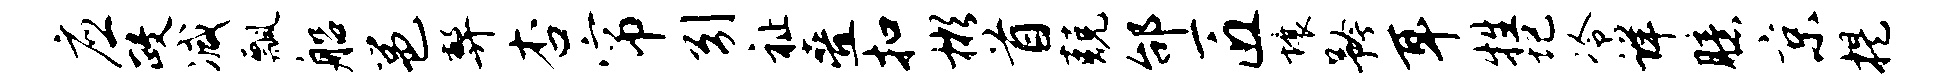
应政减瓢船邕弊杏帘引祉叠扣彬首兢邰匠壤矜耳牲圮冷详臆京提